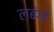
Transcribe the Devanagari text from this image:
लबंगी